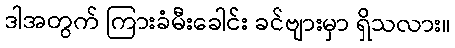
ဒါအတွက် ကြားခံမီးခေါင်း ခင်ဗျားမှာ ရှိသလား။